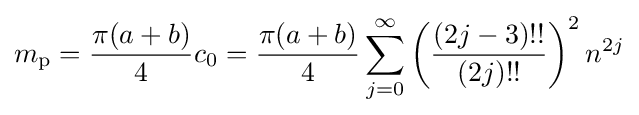
m_{\mathrm {p} }={\frac {\pi (a+b)}{4}}c_{0}={\frac {\pi (a+b)}{4}}\sum _{j=0}^{\infty }\left({\frac {(2j-3)!!}{(2j)!!}}\right)^{2}n^{2j}